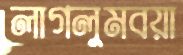
লাগলুমবয়া